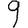
Digit: 9